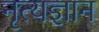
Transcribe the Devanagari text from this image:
नृत्यज्ञान